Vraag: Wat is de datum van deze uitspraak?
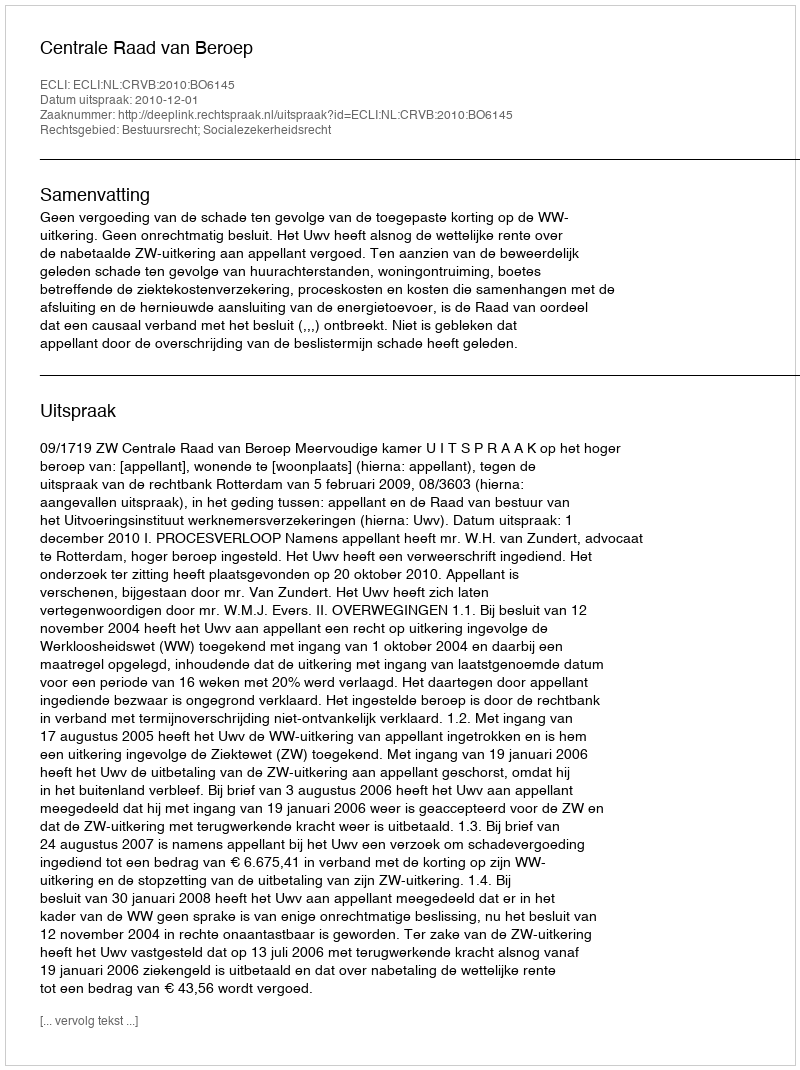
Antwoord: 2010-12-01